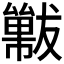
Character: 𱮩